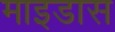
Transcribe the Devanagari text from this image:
माइडास